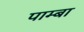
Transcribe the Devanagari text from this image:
पाम्बा